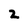
Character: Z